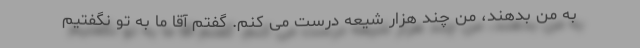
به من بدهند، من چند هزار شیعه درست می کنم. گفتم آقا ما به تو نگفتیم